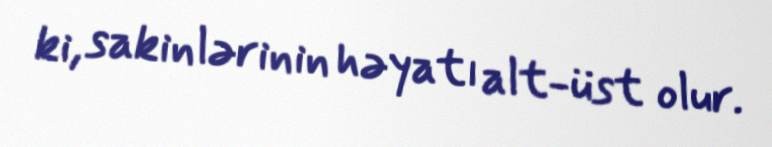
ki, sakinlərinin həyatı alt-üst olur.